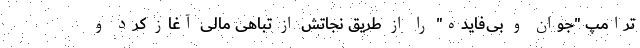
ترامپ "جوان و بی‌فایده" را از طریق نجاتش از تباهی مالی آغاز کرد و